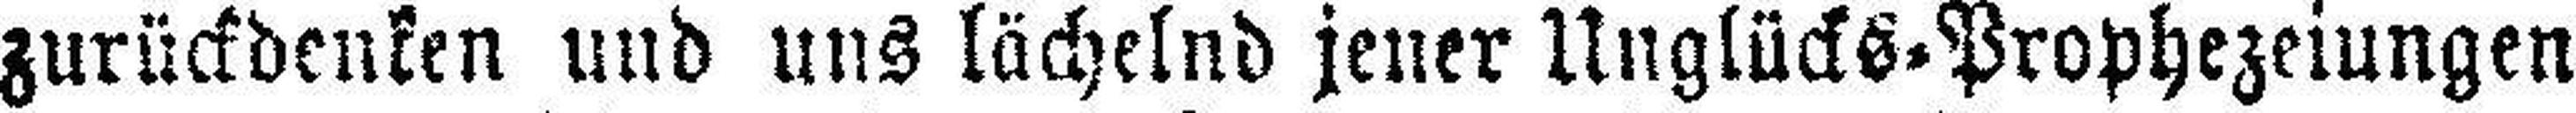
zurückdenken und uns lächelnd jener Unglücks=Prophezeiungen